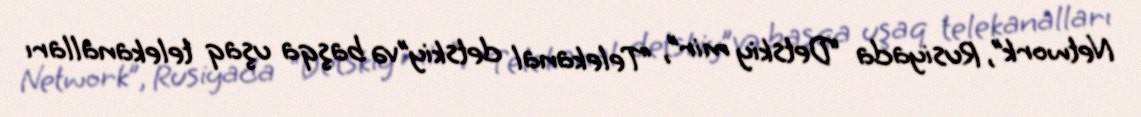
Network”, Rusiyada “Detskiy mir”, “Telekanal detskiy”və başqa uşaq telekanalları